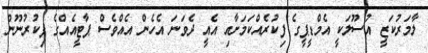
ލާމަރުކަޒީ އުސޫލަކީ އެމްޑީޕީގެ ފިކުރެއްކަމަށާއި އެއީ ދެވަނަ އެހެން އެއްވެސް ޕާޓީއެއްގެ ފިކުރުނޫން